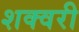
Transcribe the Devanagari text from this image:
शक्वरी